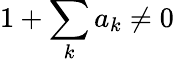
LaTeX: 1+\sum_{k}a_{k}\neq 0